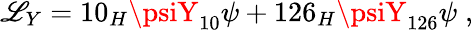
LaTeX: {\cal\mathscr{L}}_{Y}=10_{H}\psiY_{10}\psi+126_{H}\psiY_{126}\psi\; ,